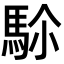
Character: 𩢜